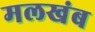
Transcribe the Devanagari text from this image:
मलखंब